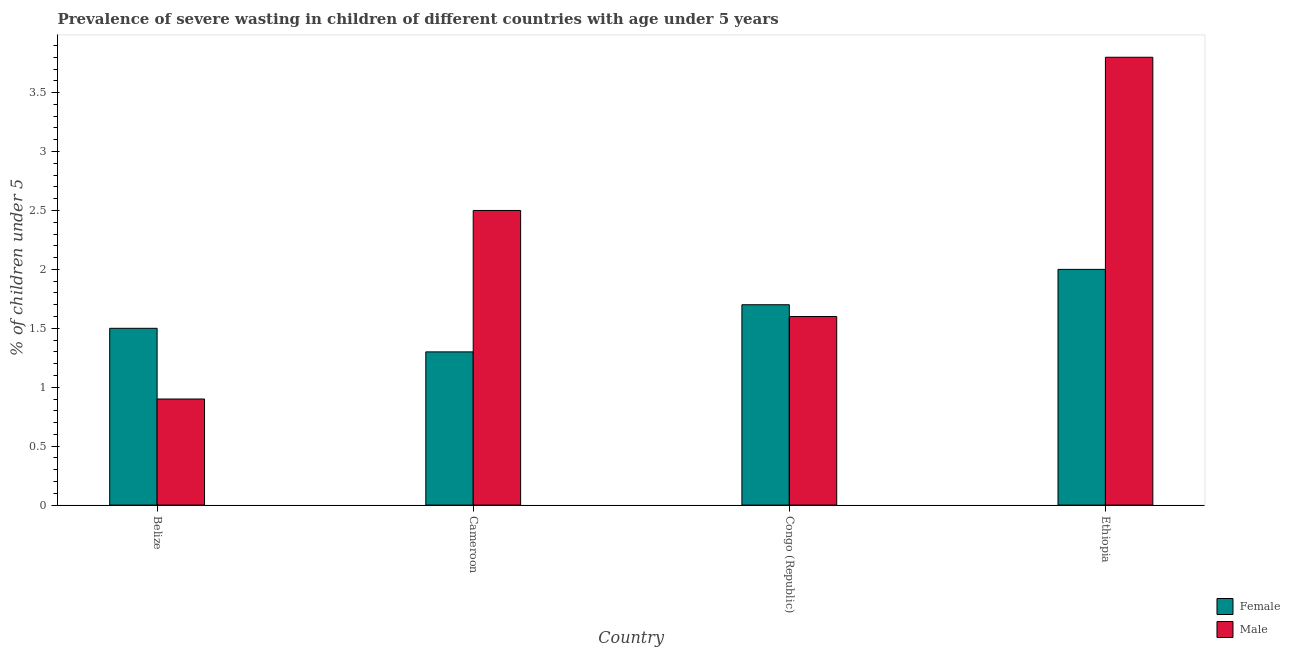
| Country | Female | Male |
 | --- | --- | --- |
 | Belize | 1.5 | 0.9 |
 | Cameroon | 1.3 | 2.5 |
 | Congo (Republic) | 1.7 | 1.6 |
 | Ethiopia | 2 | 3.8 |